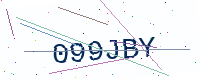
Text: 099JBY